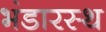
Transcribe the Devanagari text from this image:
भंडारस्थ